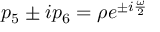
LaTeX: p _ { 5 } \pm i p _ { 6 } = \rho e ^ { \pm i \frac { \omega } { 2 } }